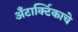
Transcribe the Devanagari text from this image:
अँटार्क्टिकाचे